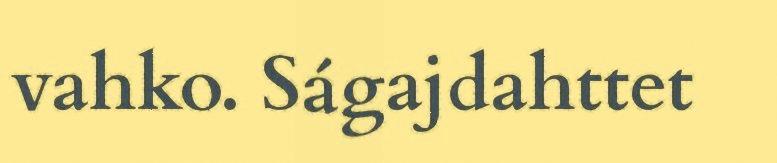
vahko. Ságajdahttet